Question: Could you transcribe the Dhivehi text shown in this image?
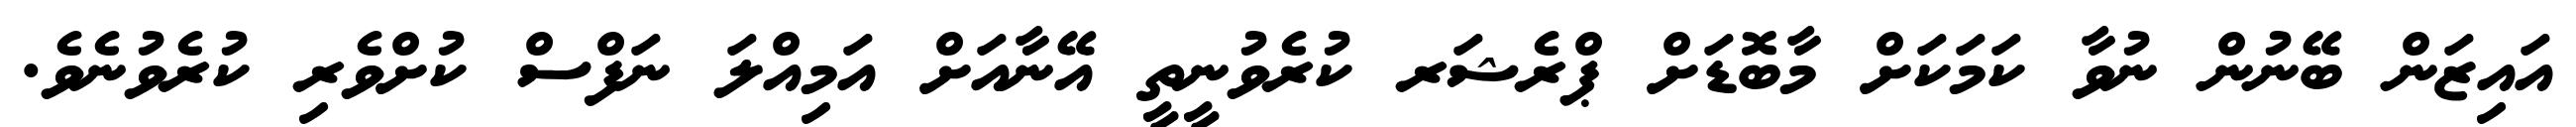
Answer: އައިޒަން ބޭނުން ނުވާ ކަމަކަށް މާބޮޑަށް ޕްރެޝަރ ކުރެވުނީތީ އޭނާއަށް އަމިއްލަ ނަފްސް ކުށްވެރި ކުރެވުނެވެ.